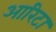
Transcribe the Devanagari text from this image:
आरिटा